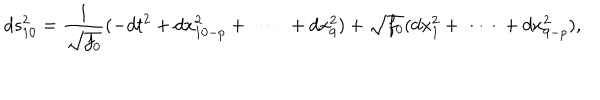
d s _ { 1 0 } ^ { 2 } = \frac { 1 } { \sqrt { f _ { 0 } } } ( - d t ^ { 2 } + d x _ { 1 0 - p } ^ { 2 } + \ \cdots \ + d x _ { 9 } ^ { 2 } ) + \sqrt { f _ { 0 } } ( d x _ { 1 } ^ { 2 } + \ \cdots \ + d x _ { 9 - p } ^ { 2 } ) ,